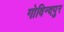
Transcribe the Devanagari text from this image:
गोविन्‍दपुर